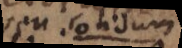
sen solidum